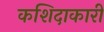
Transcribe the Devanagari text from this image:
कशिदाकारी